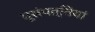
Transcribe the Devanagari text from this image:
भूसंपत्तियां